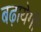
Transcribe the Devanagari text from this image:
बढ़ायेगी